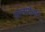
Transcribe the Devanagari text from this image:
आचार्यवान्